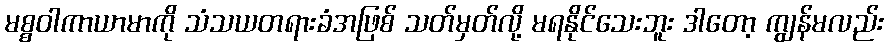
မစ္စဝါကာယာမာကို သံသယတရားခံအဖြစ် သတ်မှတ်လို့ မရနိုင်သေးဘူး ဒါတော့ ကျွန်မလည်း